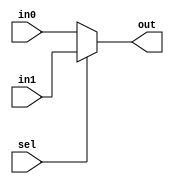
module Mux2_1_5bits (
input [4:0] in0,
input [4:0] in1,
input sel,
output [4:0] out
);

assign out= (sel)?in1:in0;
endmodule